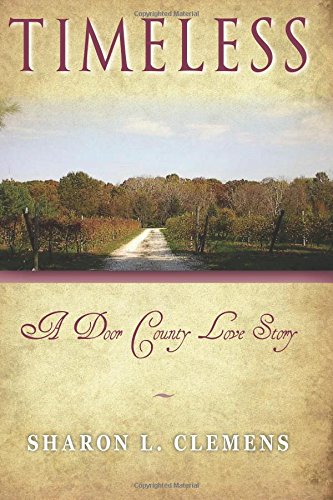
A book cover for Timeless: A Door County Love Story; Sharon L. Clemens; Romance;